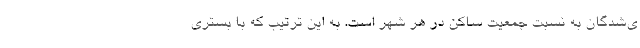
ی‌شدگان به نسبت جمعیت ساکن در هر شهر است. به این ترتیب که با بستری